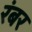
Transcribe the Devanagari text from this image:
रंबर